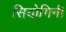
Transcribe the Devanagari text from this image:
सियोगिनी